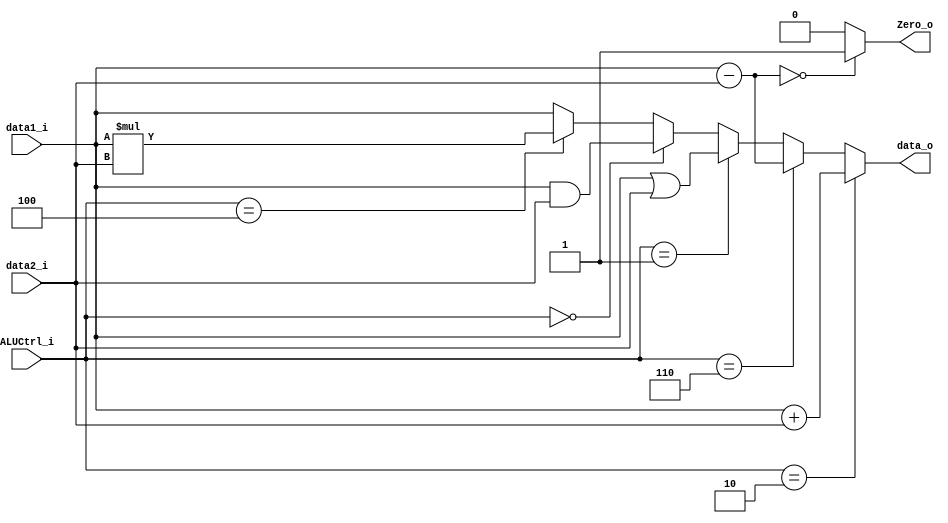
`define Add 3'b010
`define Subtract 3'b110
`define Or 3'b001
`define And 3'b000
`define Mult 3'b100

module ALU
(
    data1_i,
    data2_i,
    ALUCtrl_i,
    data_o,
    Zero_o
);

input  [31:0] data1_i;
input  [31:0] data2_i;
input  [2:0]  ALUCtrl_i;
output [31:0] data_o;
output        Zero_o;

assign data_o = (ALUCtrl_i == `Add)      ? (data1_i + data2_i) :
                (ALUCtrl_i == `Subtract) ? (data1_i - data2_i) :
                (ALUCtrl_i == `Or)       ? (data1_i | data2_i) :
                (ALUCtrl_i == `And)      ? (data1_i & data2_i) :
                (ALUCtrl_i == `Mult)      ? (data1_i * data2_i) :
                data1_i;
assign Zero_o = (data1_i - data2_i == 0) ? 1 : 0;

endmodule